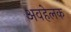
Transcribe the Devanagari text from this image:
अवहेलक